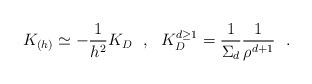
LaTeX: \begin{align*}K_{(h)}\simeq - {1\over h^2} K_D~~,~~K_D^{d\geq 1}={1\over \Sigma_d}{1\over \rho^{d+1}}~~.\end{align*}